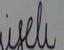
Signature authenticity: forged